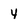
Character: 4